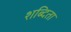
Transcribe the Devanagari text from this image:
शब्दिता